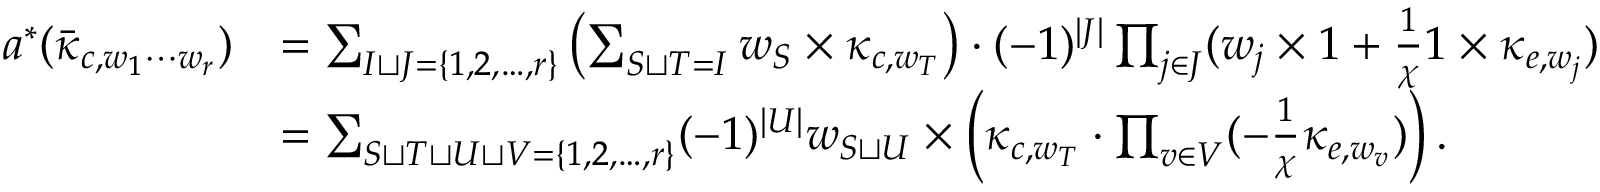
\begin{array} { r l } { a ^ { * } ( \bar { \kappa } _ { c , w _ { 1 } \cdots w _ { r } } ) } & { = \sum _ { I \sqcup J = \{ 1 , 2 , \ldots , r \} } \left( \sum _ { S \sqcup T = I } w _ { S } \times \kappa _ { c , w _ { T } } \right) \cdot ( - 1 ) ^ { | J | } \prod _ { j \in J } ( w _ { j } \times 1 + \frac { 1 } { \chi } 1 \times \kappa _ { e , w _ { j } } ) } \\ & { = \sum _ { S \sqcup T \sqcup U \sqcup V = \{ 1 , 2 , \ldots , r \} } ( - 1 ) ^ { | U | } w _ { S \sqcup U } \times \left( \kappa _ { c , w _ { T } } \cdot \prod _ { v \in V } ( - \frac { 1 } { \chi } \kappa _ { e , w _ { v } } ) \right) . } \end{array}